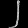
Digit: ၂